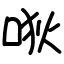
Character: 唙